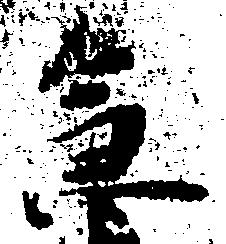
急